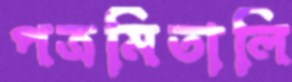
পত্রমিতালি